Senior Leaving Certificate Examination (including Day School Certificate (Higher) General paper), 1949
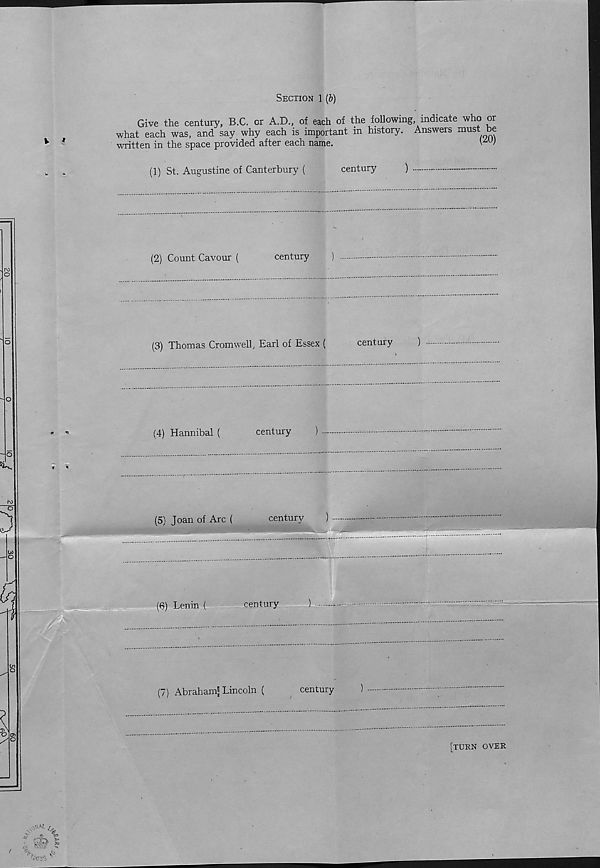
Section 1 (b)
Give the century, B.C. or A.D., of each of the following indicate who or
what each was, and say why each is important in history. Answers must be
written in the space provided after each name.
(1) St. Augustine of Canterbury (
century
)
(2) Count Cavour (
century
(3) Thomas Cromwell, Earl of Essex (
century
)
(4) Hannibal (
century
)
(6) Lenin (
century
) -
(7) Abraham'Lincoln (
century
[turn over